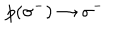
\: p ( \sigma ^ { - } ) \rightarrow \sigma ^ { - } \: